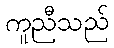
ကူညီသည်